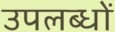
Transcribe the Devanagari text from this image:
उपलब्धों